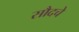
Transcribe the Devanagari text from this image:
सौदचे